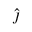
\hat { \boldsymbol { \jmath } }